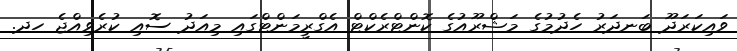
ވައިކަރަދޫ ބަނދަރު ހެދުމުގެ މަޝްރޫއުގެ ކޮންޓްރެކްޓް އެގްރީމަންޓްގައި މިއަދު ސޮއި ކުރެވިއްޖެ ހދ.